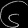
Digit: ၆